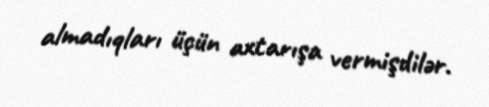
almadıqları üçün axtarışa vermişdilər.